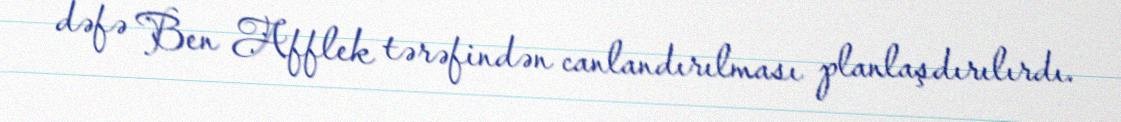
dəfə Ben Afflek tərəfindən canlandırılması planlaşdırılırdı.